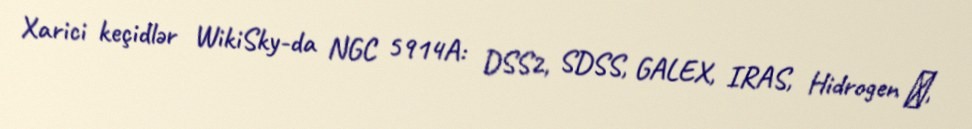
Xarici keçidlər WikiSky-da NGC 5914A: DSS2, SDSS, GALEX, IRAS, Hidrogen α,